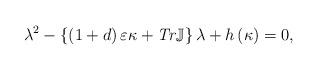
LaTeX: \begin{align*}\lambda^{2}-\left\{ \left( 1+d\right) \varepsilon\kappa+\mathit{Tr}\mathbb{J}\right\} \lambda+h\left( \kappa\right) =0,\end{align*}